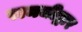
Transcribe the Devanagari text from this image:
रामजीद्वार